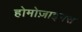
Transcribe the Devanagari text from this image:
होमोज़ाइगस